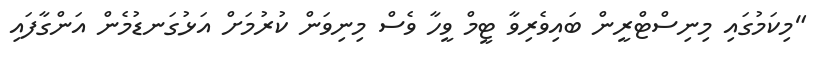
"މިކަމުގައި މިނިސްޓްރީން ބައިވެރިވާ ޓީމް ވީހާ ވެސް މިނިވަން ކުރުމަށް އަޅުގަނޑުމެން އަންގާފައި